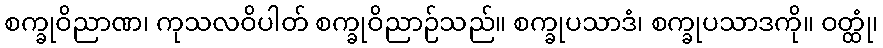
စက္ခုဝိညာဏ၊ ကုသလဝိပါတ် စက္ခုဝိညာဉ်သည်။ စက္ခုပသာဒံ၊ စက္ခုပသာဒကို။ ဝတ္ထုံ၊